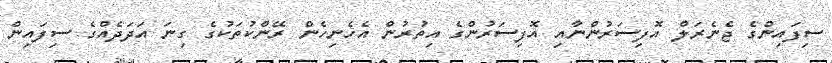
ސިފައިންގެ ޖެނެރަލް އޮފިސަރުންނާއި އޮފިސަރުންގެ އިތުރުން އެހެނިހެން ރޭންކުތަކުގެ ގިނަ އަދަދެއްގެ ސިފައިން